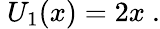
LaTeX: ~U_{1}(x)=2x~.